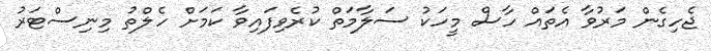
ޖެހިގެން މަރުވާ އެތައް ހާސް މީހަކު ސަލާމަތް ކުރެވިފައިވާ ކަމަށް ހެލްތު މިނިސްޓަރު